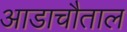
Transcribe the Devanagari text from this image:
आडाचौताल